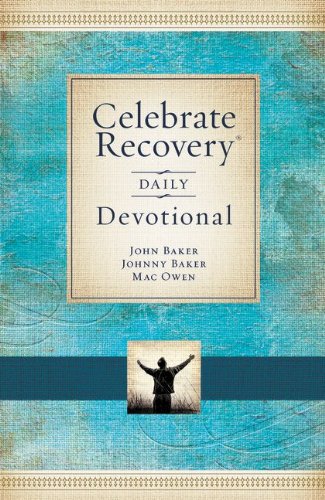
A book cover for Celebrate Recovery Daily Devotional: 365 Devotionals; John Baker; Christian Books & Bibles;